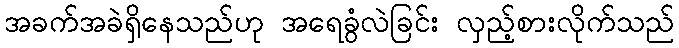
အခက်အခဲရှိနေသည်ဟု အရေခွံလဲခြင်း လှည့်စားလိုက်သည်